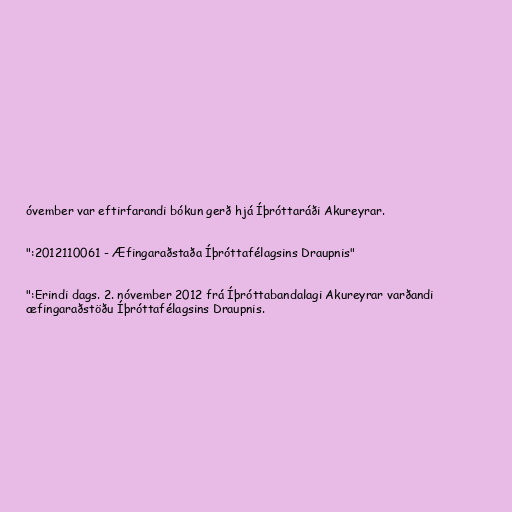
óvember var eftirfarandi bókun gerð hjá Íþróttaráði Akureyrar.

":2012110061 - Æfingaraðstaða Íþróttafélagsins Draupnis"

":Erindi dags. 2. nóvember 2012 frá Íþróttabandalagi Akureyrar varðandi
æfingaraðstöðu Íþróttafélagsins Draupnis.